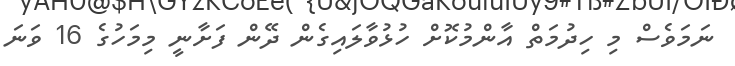
ނަމަވެސް މި ހިދުމަތް އާންމުކޮށް ހުޅުވާލައިގެން ދޭން ފަށާނީ މިމަހުގެ 16 ވަނަ